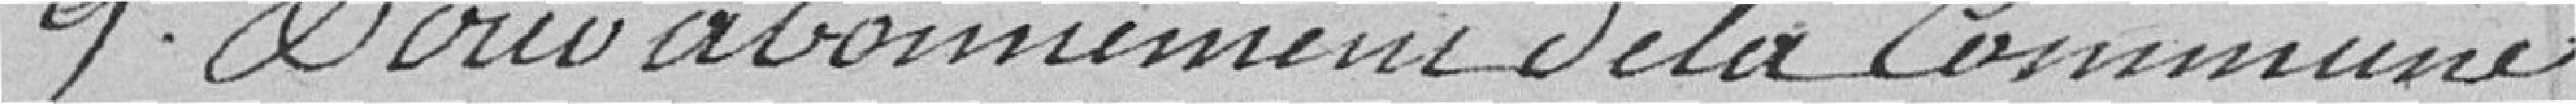
9. Dont abonnement de la commune